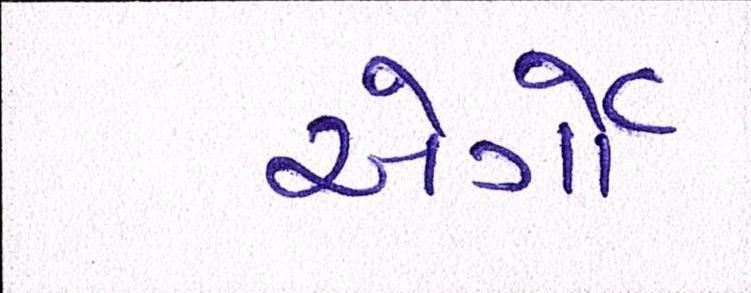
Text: એર્ગો